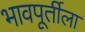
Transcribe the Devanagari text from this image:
भावपूर्तीला